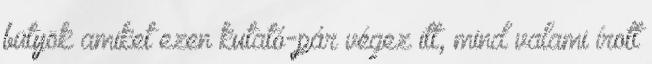
bütyök amiket ezen kutató-pár végez itt, mind valami írott